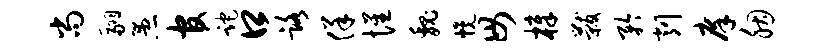
尚翮愚官跎口路佯惺魏幌毋樟黻矜削庠胭